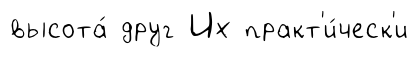
высота́ друг Их практ'и́ческ'и